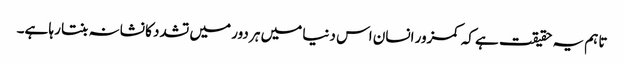
تاہم یہ حقیقت ہے کہ کمزور انسان اس دنیا میں ہر دور میں تشدد کا نشانہ بنتا رہا ہے۔